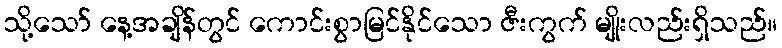
သို့သော် နေ့အချိန်တွင် ကောင်းစွာမြင်နိုင်သော ဇီးကွက် မျိုးလည်းရှိသည်။